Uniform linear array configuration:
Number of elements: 16
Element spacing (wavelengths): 0.5
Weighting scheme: exponential
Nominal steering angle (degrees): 15
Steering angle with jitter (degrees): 14.045
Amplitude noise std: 0.05
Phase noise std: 0.05

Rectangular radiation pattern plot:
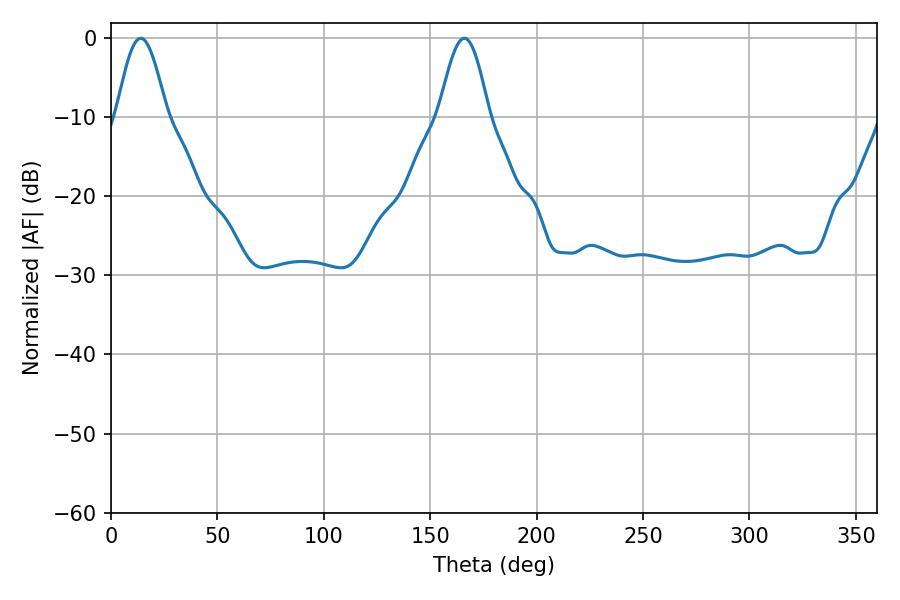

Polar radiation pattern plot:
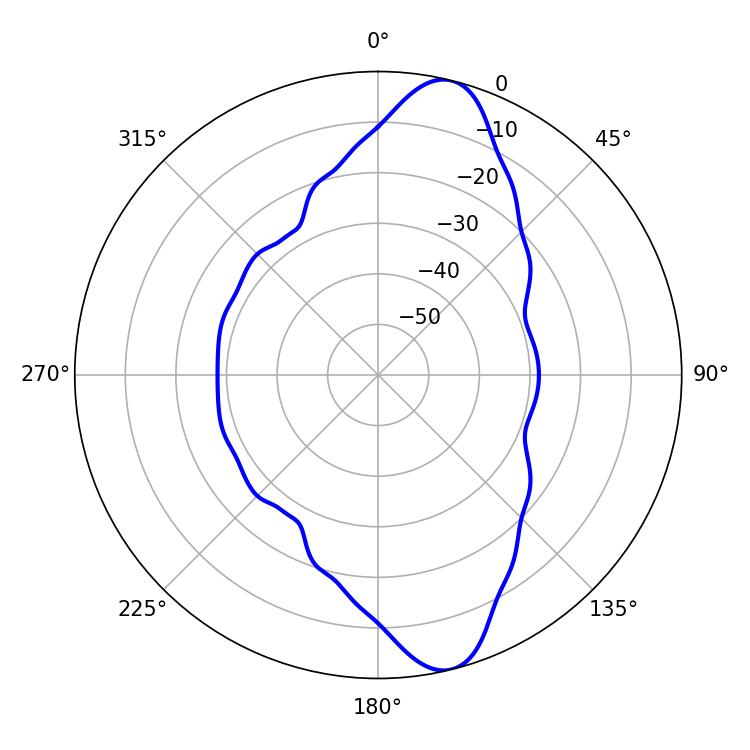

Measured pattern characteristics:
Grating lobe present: FALSE
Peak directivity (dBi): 11.907
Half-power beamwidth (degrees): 12.6
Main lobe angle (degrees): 14.04